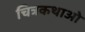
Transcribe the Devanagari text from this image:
चित्रकथाओ